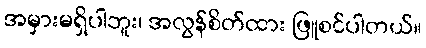
အမှားမရှိပါဘူး၊ အလွန်စိတ်ထား ဖြူစင်ပါတယ်။